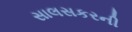
સાલસકરની